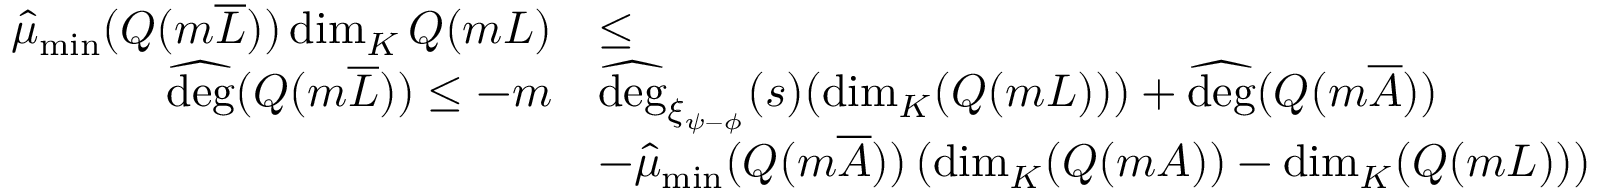
\begin{array} { r l } { \widehat { \mu } _ { \operatorname* { m i n } } ( Q ( m \overline { L } ) ) \dim _ { K } Q ( m L ) } & { \leq } \\ { \widehat { \mathrm { d e g } } ( Q ( m \overline { L } ) ) \leq - m } & { \widehat { \mathrm { d e g } } _ { \xi _ { \psi - \phi } } ( s ) ( \dim _ { K } ( Q ( m L ) ) ) + \widehat { \mathrm { d e g } } ( Q ( m \overline { A } ) ) } \\ & { - \widehat { \mu } _ { \operatorname* { m i n } } ( Q ( m \overline { A } ) ) \left( \dim _ { K } ( Q ( m A ) ) - \dim _ { K } ( Q ( m L ) ) \right) } \end{array}